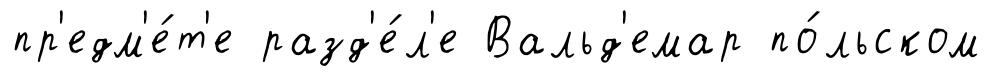
пр'едм'е́т'е разд'е́л'е Вальд'емар по́льском